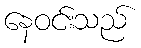
နေဝင်းသည်